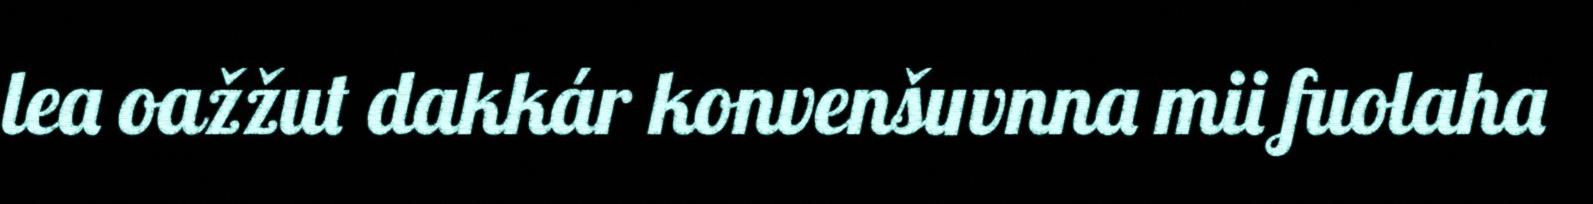
lea oažžut dakkár konvenšuvnna mii fuolaha